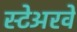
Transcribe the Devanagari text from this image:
स्टेअरवे